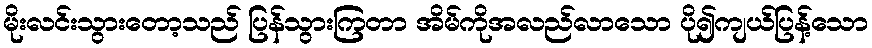
မိုးလင်းသွားတော့သည် ပြန်သွားကြတာ အိမ်ကိုအလည်လာသော ပို၍ကျယ်ပြန့်သော